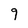
Character: 9